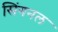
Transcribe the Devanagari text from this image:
सिंगनल